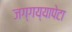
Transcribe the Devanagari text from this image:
जग्गय्यापेटा